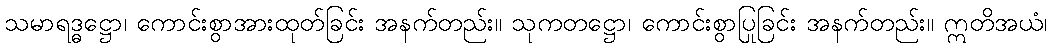
သမာရဒ္ဓဋ္ဌော၊ ကောင်းစွာအားထုတ်ခြင်း အနက်တည်း။ သုကတဋ္ဌော၊ ကောင်းစွာပြုခြင်း အနက်တည်း။ ဣတိအယံ၊